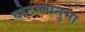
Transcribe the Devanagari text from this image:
घोटालानुमा